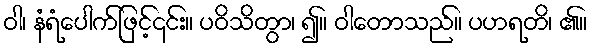
ဝါ၊ နံရံပေါက်ဖြင့်၎င်း။ ပဝိသိတွာ၊ ၍။ ဝါတောသည်။ ပဟရတိ၊ ၏။